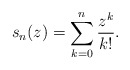
\begin{align*}s_n(z) = \sum_{k=0}^n \frac{z^k}{k!}.\end{align*}